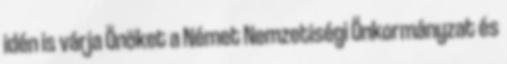
idén is várja Önöket a Német Nemzetiségi Önkormányzat és